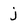
Character: j